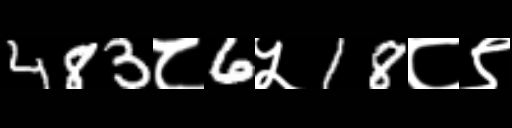
Text: 483८6५18८९